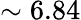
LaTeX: \sim 6.84